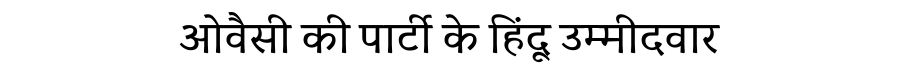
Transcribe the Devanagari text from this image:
ओवैसी की पार्टी के हिंदू उम्मीदवार